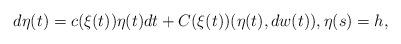
LaTeX: \begin{align*}d\eta(t)=c(\xi(t))\eta(t)dt +C(\xi(t))(\eta(t),dw(t)),\eta(s)=h,\end{align*}